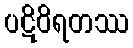
ပဋိဝိရတဿ